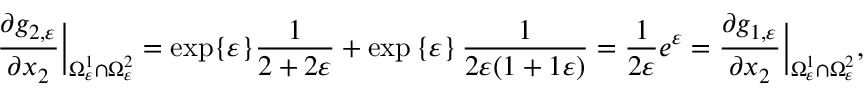
\frac { \partial g _ { 2 , \varepsilon } } { \partial x _ { 2 } } \Big | _ { \Omega _ { \varepsilon } ^ { 1 } \cap \Omega _ { \varepsilon } ^ { 2 } } = \exp \{ \varepsilon \} \frac { 1 } { 2 + 2 \varepsilon } + \exp \left\{ \varepsilon \right\} \frac { 1 } { 2 \varepsilon ( 1 + 1 \varepsilon ) } = \frac { 1 } { 2 \varepsilon } e ^ { \varepsilon } = \frac { \partial g _ { 1 , \varepsilon } } { \partial x _ { 2 } } \Big | _ { \Omega _ { \varepsilon } ^ { 1 } \cap \Omega _ { \varepsilon } ^ { 2 } } ,